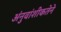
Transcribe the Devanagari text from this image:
अंनुवांशीकतेने